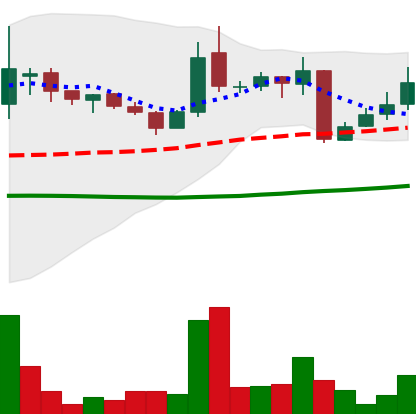
Ticker: LINK-USD
Chart end date: 2018-10-15
Forward return: 9.165%
Label: up_7plus